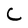
Character: C